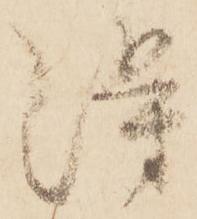
得